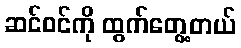
ဆင်ဝင်ကို ထွက်တွေ့တယ်